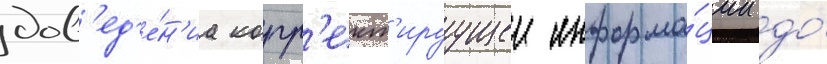
дов'ед'е́н'иа корр'ект'ируущеи информа́ции до́